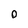
Character: 0